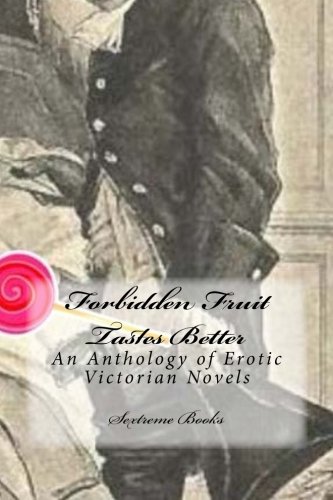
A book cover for Forbidden Fruit Tastes Better: An Anthology of Erotic Victorian Novels; Sextreme Books; Romance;